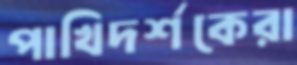
পাখিদর্শকেরা